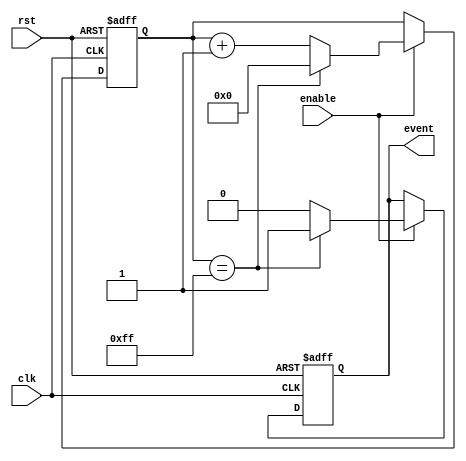
module event_timer(
    input wire clk,
    input wire rst,
    input wire enable,
    output reg event
);

reg [7:0] counter;
reg [7:0] comparator = 8'hFF; // Initialize comparator value

always @(posedge clk or posedge rst) begin
    if (rst) begin
        counter <= 8'b0;
        event <= 1'b0;
    end else if (enable) begin
        counter <= counter + 1;
        if (counter == comparator) begin
            event <= 1'b1;
            counter <= 8'b0;
        end else begin
            event <= 1'b0;
        end
    end
end

endmodule